Leaving Certificate Examination, 1911
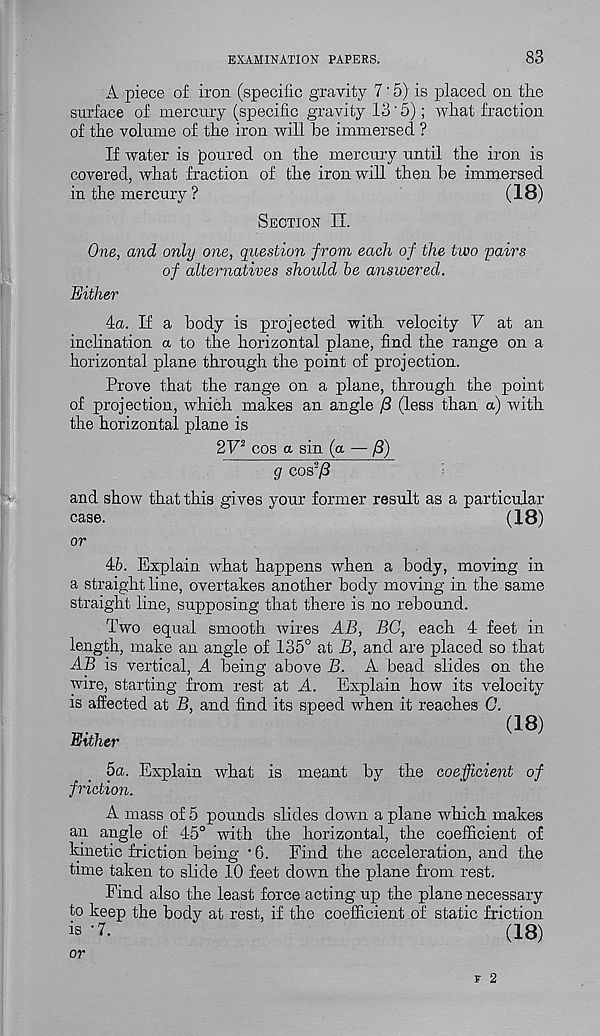
EXAMINATION PAPERS.
83
A piece of iron (specific gravity 7 ‘ 5) is placed on the
surface of mercury (specific gravity 13'5); what fraction
of the volume of the iron will he immersed ?
If water is poured on the mercury until the iron is
covered, Avhat fraction of the iron will then he immersed
in the mercury ?
(18)
Section II.
One, and only one, question from each of the two pairs
of alternatives shoidd be answered.
Either
4a. If a body is projected with velocity V at an
inclination a to the horizontal plane, find the range on a
horizontal plane through the point of projection.
Prove that the range on a plane, through the point
of projection, which makes an angle /3 (less than a) with
the horizontal plane is
2V 2 cos a sin (a — /3)
g cos 2 /3
and show that this gives your former result as a particular
case.
(18)
or
46. Explain what happens when a body, moving in
a straight line, overtakes another body moving in the same
straight line, supposing that there is no rebound.
Two equal smooth wires AB, BG, each 4 feet in
length, make an angle of 135° at B, and are placed so that
AB is vertical, A being above B. A bead slides on the
wire, starting from rest at A. Explain how its velocity
is affected at B, and find its speed when it reaches G.
(18)
Either
5a. Explain what is meant by the coefficient of
friction.
A mass of 5 pounds slides down a plane which makes
an angle of 45° with the horizontal, the coefficient of
kinetic friction being * 6. Find the acceleration, and the
time taken to slide 10 feet down the plane from rest.
Find also the least force acting up the plane necessary
to keep the body at rest, if the coefficient of static friction
is -7.
(18)
or
F 2